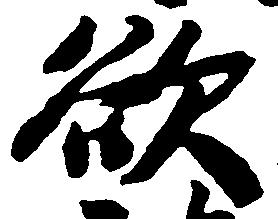
欲